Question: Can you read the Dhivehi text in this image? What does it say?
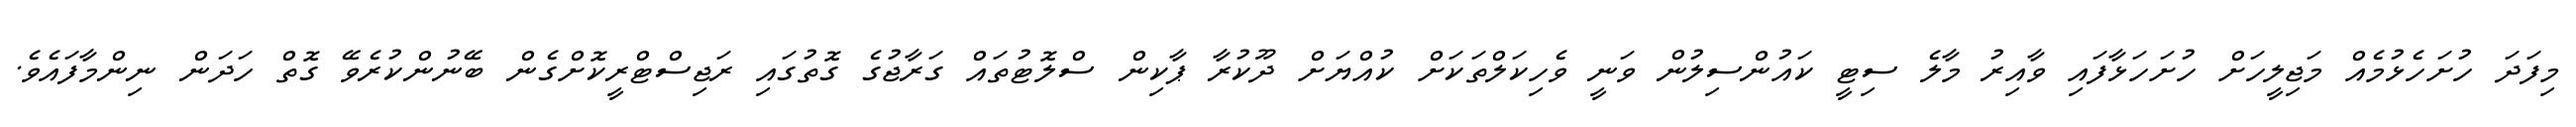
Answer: މިފަދަ ހުށަހެޅުމެއް މަޖިލީހަށް ހުށަހަޅާފައި ވާއިރު މާލެ ސިޓީ ކައުންސިލުން ވަނީ ވެހިކަލްތަކަށް ކުއްޔަށް ދޫކުރާ ޕާކިން ސްލޮޓުތައް ގަރާޖުގެ ގޮތުގައި ރަޖިސްޓްރީކޮށްގެން ބޭނުންކުރެވޭ ގޮތް ހަދަން ނިންމާފައެވެ.